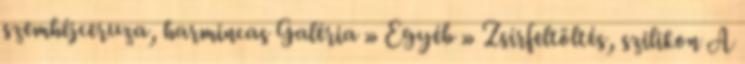
szemhéjceruza, harmincas Galéria » Egyéb » Zsírfeltöltés, szilikon A